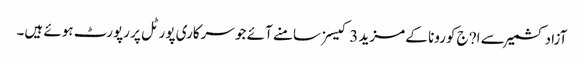
آزاد کشمیر سے ا?ج کورونا کے مزید 3 کیسز سامنے آئے جو سرکاری پورٹل پر رپورٹ ہوئے ہیں۔